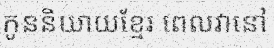
កូននិយាយខ្មែរ ពេលវានៅ